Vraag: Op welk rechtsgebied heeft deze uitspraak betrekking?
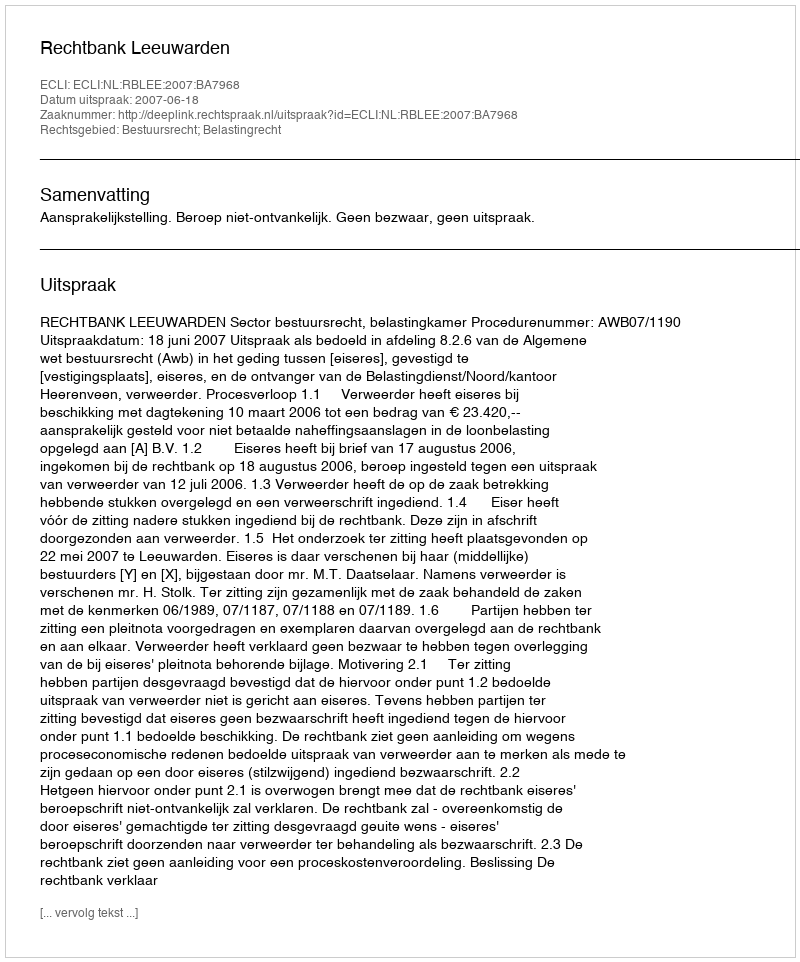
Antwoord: Bestuursrecht; Belastingrecht